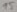
Text: 15